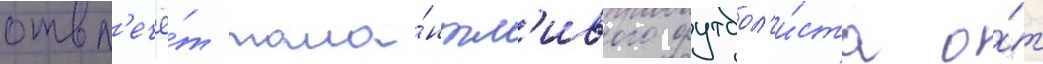
отвл'ечё́т тала́нтл'ивого футбол'и́ста о́т